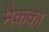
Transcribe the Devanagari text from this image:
मैकका